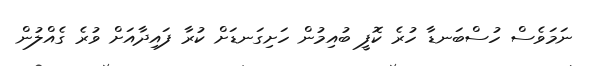
ނަމަވެސް ހުސްބަނޑާ ހުރެ ކޮފީ ބުއިމުން ހަށިގަނޑަށް ކުރާ ފައިދާއަށް ވުރެ ގެއްލުން